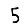
Digit: 5